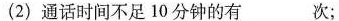
(2)通话时间不足10分钟的有_____次；